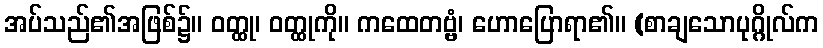
အပ်သည်၏အဖြစ်၌။ ဝတ္ထု၊ ဝတ္ထုကို။ ကထေတဗ္ဗံ၊ ဟောပြောရာ၏။ (စာချသောပုဂ္ဂိုလ်က